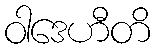
ဝါဒေဟီတိ